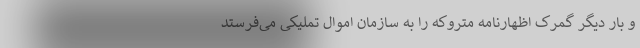
و بار دیگر گمرک اظهارنامه متروکه را به سازمان اموال تملیکی می‌فرستد